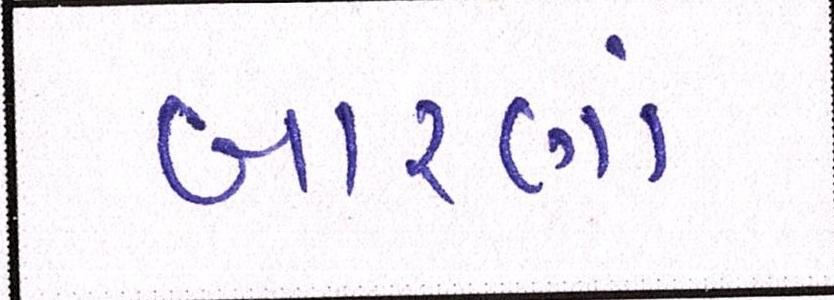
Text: બારણાં